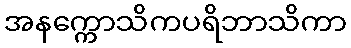
အနက္ကောသိကပရိဘာသိကာ